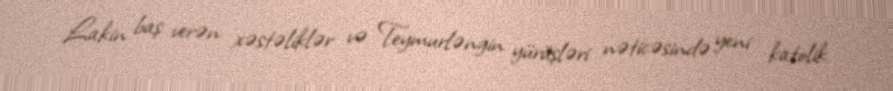
Lakin baş verən xəstəliklər və Teymurləngin yürüşləri nəticəsində yeni katolik